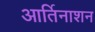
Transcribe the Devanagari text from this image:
आर्तिनाशन